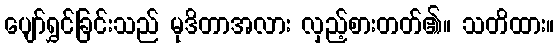
ပျော်ရွှင်ခြင်းသည် မုဒိတာအလား လှည့်စားတတ်၏။ သတိထား။